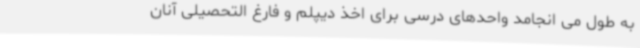
به طول می انجامد واحدهای درسی برای اخذ دیپلم و فارغ التحصیلی آنان